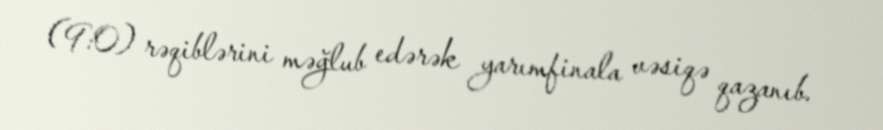
(9:0) rəqiblərini məğlub edərək yarımfinala vəsiqə qazanıb.